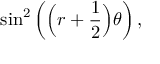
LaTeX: \sin ^ { 2 } \left( { \Big ( } r + { \frac { 1 } { 2 } } { \Big ) } \theta \right) ,